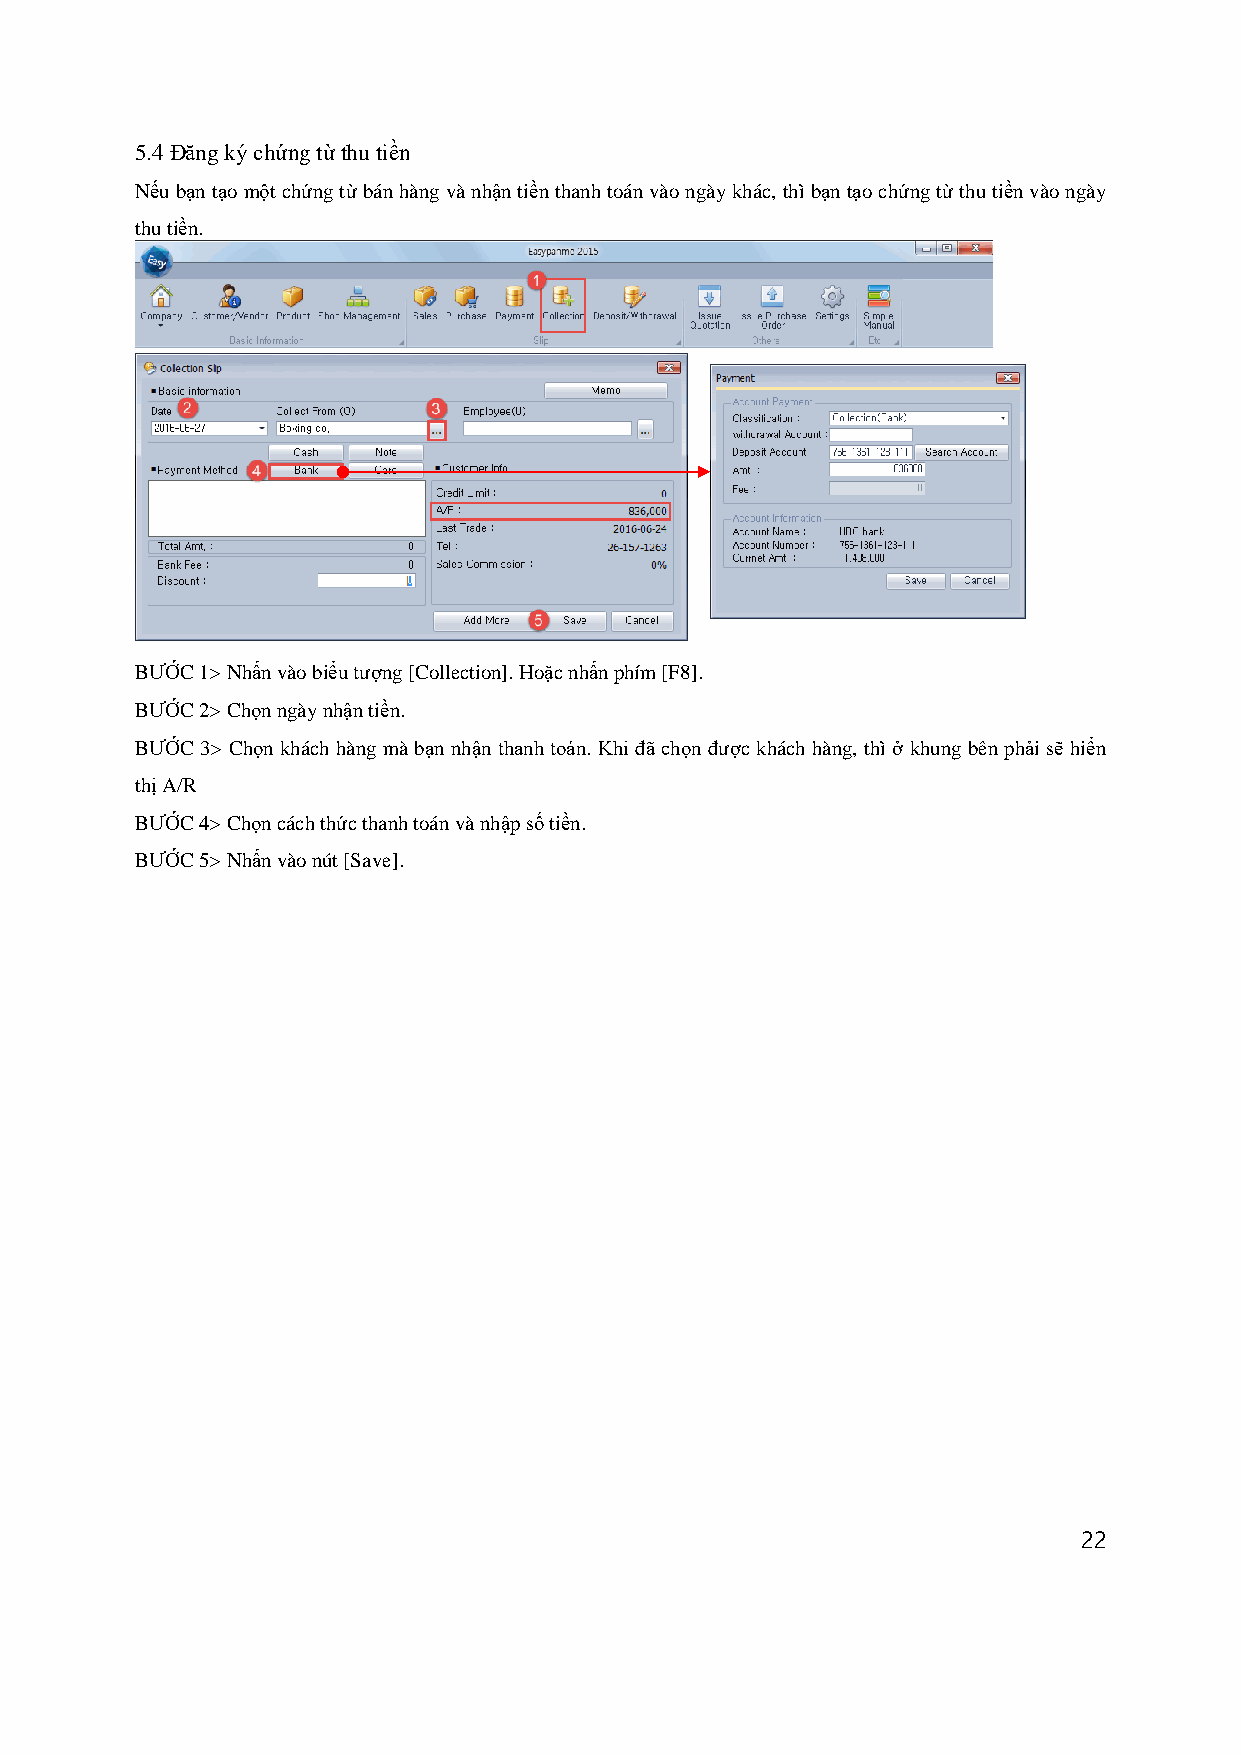
5.4 Đăng ký chứng từ thu tiền
 Nếu bạn tạo một chứng từ bán hàng và nhận tiền thanh toán vào ngày khác, thì bạn tạo chứng từ thu tiền vào ngày
 thu tiền.
 BƯỚC 1> Nhấn vào biểu tượng [Collection]. Hoặc nhấn phím [F8].
 BƯỚC 2> Chọn ngày nhận tiền.
 BƯỚC 3> Chọn khách hàng mà bạn nhận thanh toán. Khi đã chọn được khách hàng, thì ở khung bên phải sẽ hiển
 thị A/R
 BƯỚC 4> Chọn cách thức thanh toán và nhập số tiền.
 BƯỚC 5> Nhấn vào nút [Save].
 22